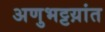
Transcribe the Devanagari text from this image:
अणुभट्टय़ांत